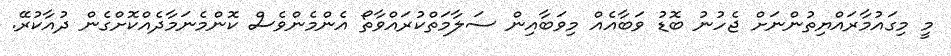
މީ މިގައުމާރައްޔިތުންނަށް ޖެހުނު ބޮޑު ވަބާއެއް މިވަބާއިން ސަލާމަތްކުރައްވާތޯ އެންމެންވެސް ކޮންމެނަމާދެއްކޮށްގެން ދުއާކުރޭ.